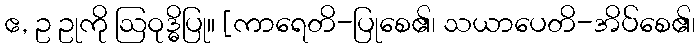
ဧ, ဥ ဥုကို ဩဝုဒ္ဓိပြု။ [ကာရေတိ-ပြုစေ၏၊ သယာပေတိ-အိပ်စေ၏၊